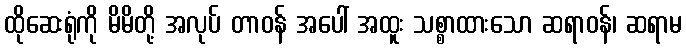
ထိုဆေးရုံကို မိမိတို့ အလုပ် တာဝန် အပေါ် အထူး သစ္စာထားသော ဆရာဝန်၊ ဆရာမ